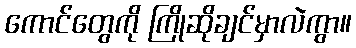
ကောင်တွေကို ကြိုဆိုချင်မှာလဲကွာ။